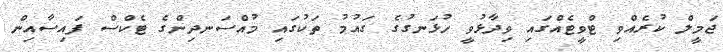
ޖަމީލް ކުރެއްވި ޓްވީޓެއްގައި ވިދާޅުވީ ހުޅަނގުގެ ގައުމު ތަކުގައި މުއްސަނދިންގެ ޓެކްސް ފައިސާއިން